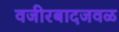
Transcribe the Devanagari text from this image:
वजीरबादजवळ